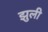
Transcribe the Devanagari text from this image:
झुली